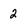
Character: 2